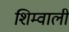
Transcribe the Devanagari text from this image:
शिम्वाली